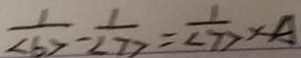
\frac { 1 } { < 6 > } - \frac { 1 } { < 7 > } = \frac { 1 } { < 7 > } x A